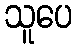
သူပေ